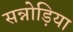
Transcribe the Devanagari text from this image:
सन्नोड़िया